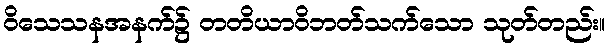
ဝိသေသနအနက်၌ တတိယာဝိဘတ်သက်သော သုတ်တည်း။